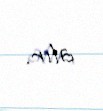
alır.